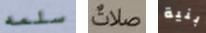
سلمه صلات بنية